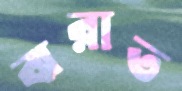
ঝরাত